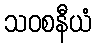
သဝစနီယံ